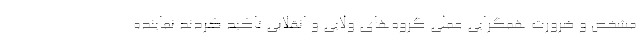
مشخص و ضرورت همگرایی عملی گروه‌های ولایی و انقلابی تاکید کردند نماینده